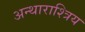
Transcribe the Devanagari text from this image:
अन्थाराश्त्रिय